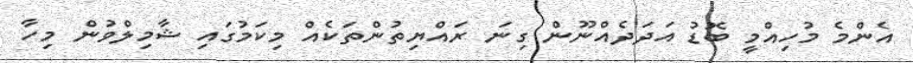
އެންމެ މުހިއްމީ ބޮޑު އަދަދެއްނޫން ގިނަ ރައްޔިތުންތަކެއް މިކަމުގައި ޝާމިލްވުން މިހާ